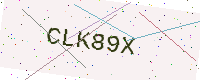
Text: CLK89X